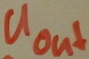
Text: Uout